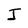
Character: J